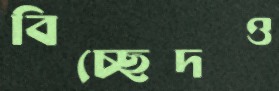
বিচ্ছেদও